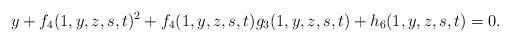
LaTeX: \begin{align*}y + f_4 (1,y,z,s,t)^2 + f_4 (1,y,z,s,t) g_3 (1,y,z,s,t) + h_6 (1,y,z,s,t) = 0.\end{align*}